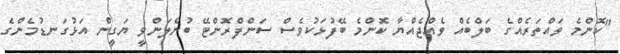
"ކޮންމެ ވައްތަރެއްގެ ބަލްބެއް ވެއްޖެއްޔާ ކޮންމެ ބޭފުޅަކުވެސް ސަންފްރޮންޓޭ ބުނެލަންވީ ޔަގީން އަޅުގަނޑުމެންގެ